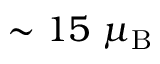
\sim 1 5 ~ \mu _ { \mathrm { B } }